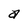
Character: a